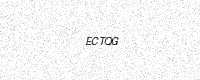
Text: ECTQG